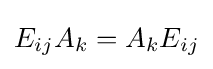
E_{ij}A_{k}=A_{k}E_{ij}